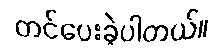
တင်ပေးခဲ့ပါတယ်။